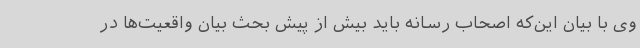
وی با بیان این‌که اصحاب رسانه باید بیش از پیش بحث بیان واقعیت‌ها در